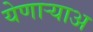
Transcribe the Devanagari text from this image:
येणार्‍याअ